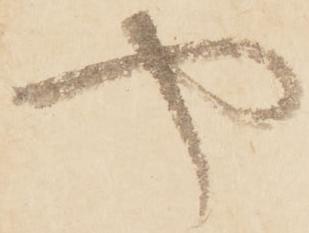
や